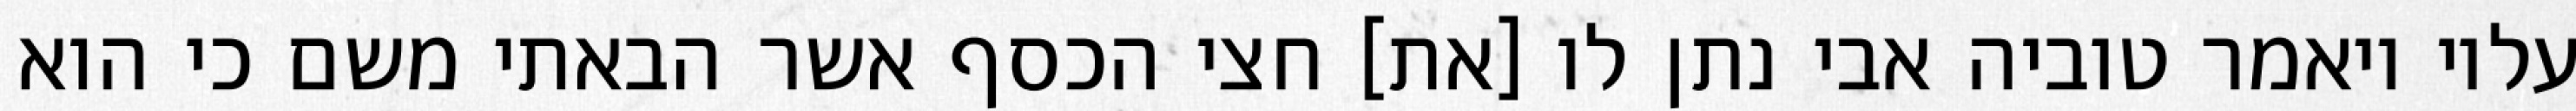
עליו ויאמר טוביה אבי נתן לו [את] חצי הכסף אשר הבאתי משם כי הוא